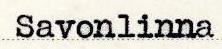
Savonlinna